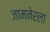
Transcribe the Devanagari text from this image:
जामनेरला